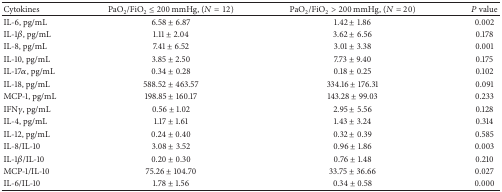
| Cytokines | PaO2/FiO2 ≤ 200 mmHg, (N = 12) | PaO2/FiO2 > 200 mmHg, (N = 20) | P value |
 | --- | --- | --- | --- |
 | IL-6, pg/mL | 6.58 ± 6.87 | 1.42 ± 1.86 | 0.002 |
 | IL-1β, pg/mL | 1.11 ± 2.04 | 3.62 ± 6.56 | 0.178 |
 | IL-8, pg/mL | 7.41 ± 6.52 | 3.01 ± 3.38 | 0.001 |
 | IL-10, pg/mL | 3.85 ± 2.50 | 7.73 ± 9.40 | 0.175 |
 | IL-17α, pg/mL | 0.34 ± 0.28 | 0.18 ± 0.25 | 0.102 |
 | IL-18, pg/mL | 588.52 ± 463.57 | 334.16 ± 176.31 | 0.091 |
 | MCP-1, pg/mL | 198.85 ± 160.17 | 143.28 ± 99.03 | 0.233 |
 | IFNγ, pg/mL | 0.56 ± 1.02 | 2.95 ± 5.56 | 0.128 |
 | IL-4, pg/mL | 1.17 ± 1.61 | 1.43 ± 3.24 | 0.314 |
 | IL-12, pg/mL | 0.24 ± 0.40 | 0.32 ± 0.39 | 0.585 |
 | IL-8/IL-10 | 3.08 ± 3.52 | 0.96 ± 1.86 | 0.003 |
 | IL-1β/IL-10 | 0.20 ± 0.30 | 0.76 ± 1.48 | 0.210 |
 | MCP-1/IL-10 | 75.26 ± 104.70 | 33.75 ± 36.66 | 0.027 |
 | IL-6/IL-10 | 1.78 ± 1.56 | 0.34 ± 0.58 | 0.000 |